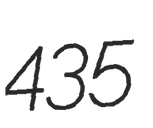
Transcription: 435